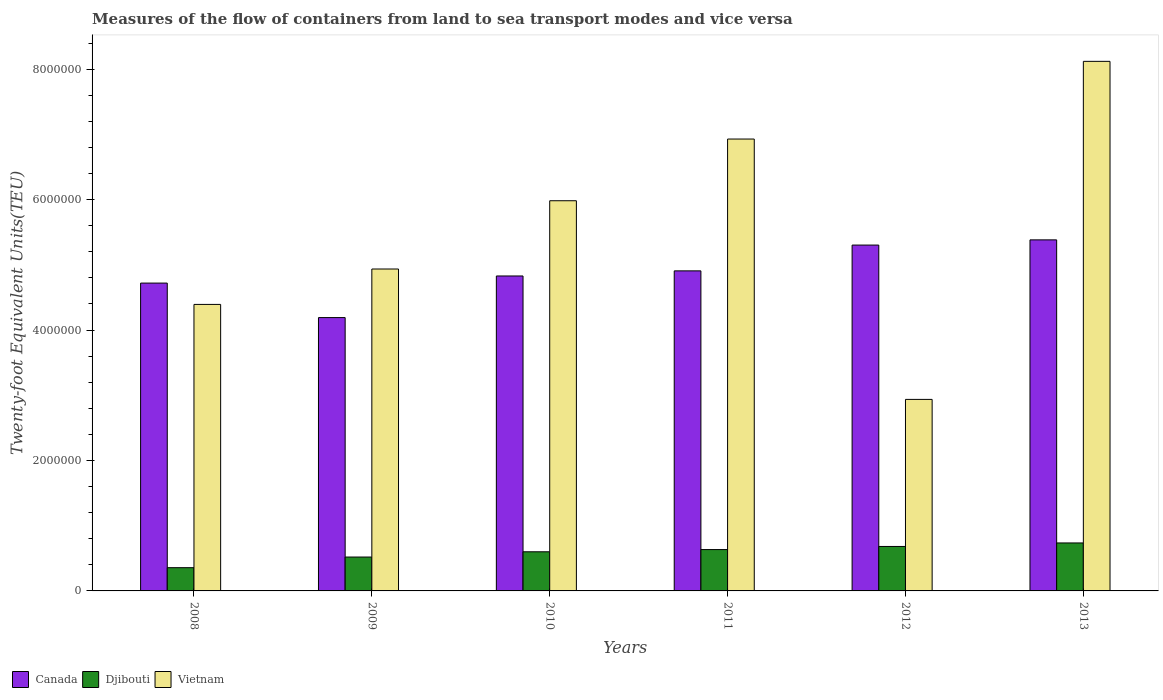
| Years | Canada | Djibouti | Vietnam |
 | --- | --- | --- | --- |
 | 2008 | 4.72e+06 | 3.56e+05 | 4.39e+06 |
 | 2009 | 4.19e+06 | 5.2e+05 | 4.94e+06 |
 | 2010 | 4.83e+06 | 6e+05 | 5.98e+06 |
 | 2011 | 4.91e+06 | 6.34e+05 | 6.93e+06 |
 | 2012 | 5.3e+06 | 6.82e+05 | 2.94e+06 |
 | 2013 | 5.38e+06 | 7.36e+05 | 8.12e+06 |